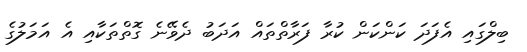
ބިލްގައި އެފަދަ ކަންކަން ކުރާ ފަރާތްތައް އަދަބު ދެވޭނެ ގޮތްތަކާއި އެ އަމަލުގެ